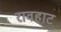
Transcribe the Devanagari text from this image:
रावहाट